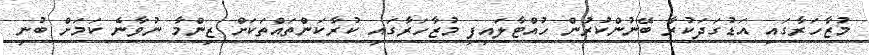
މުޒާހަރާގައި އަޑުގަދަކުރާ ބޭނުންކުރުން ހުއްޓާލައިފި މުޒާހަރާގައި ކުރާކަންތައްތަކަށް ޒިންމާ ނުވާނެ ކަމަށް ބުނި